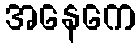
အနေကေ